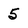
Character: 5